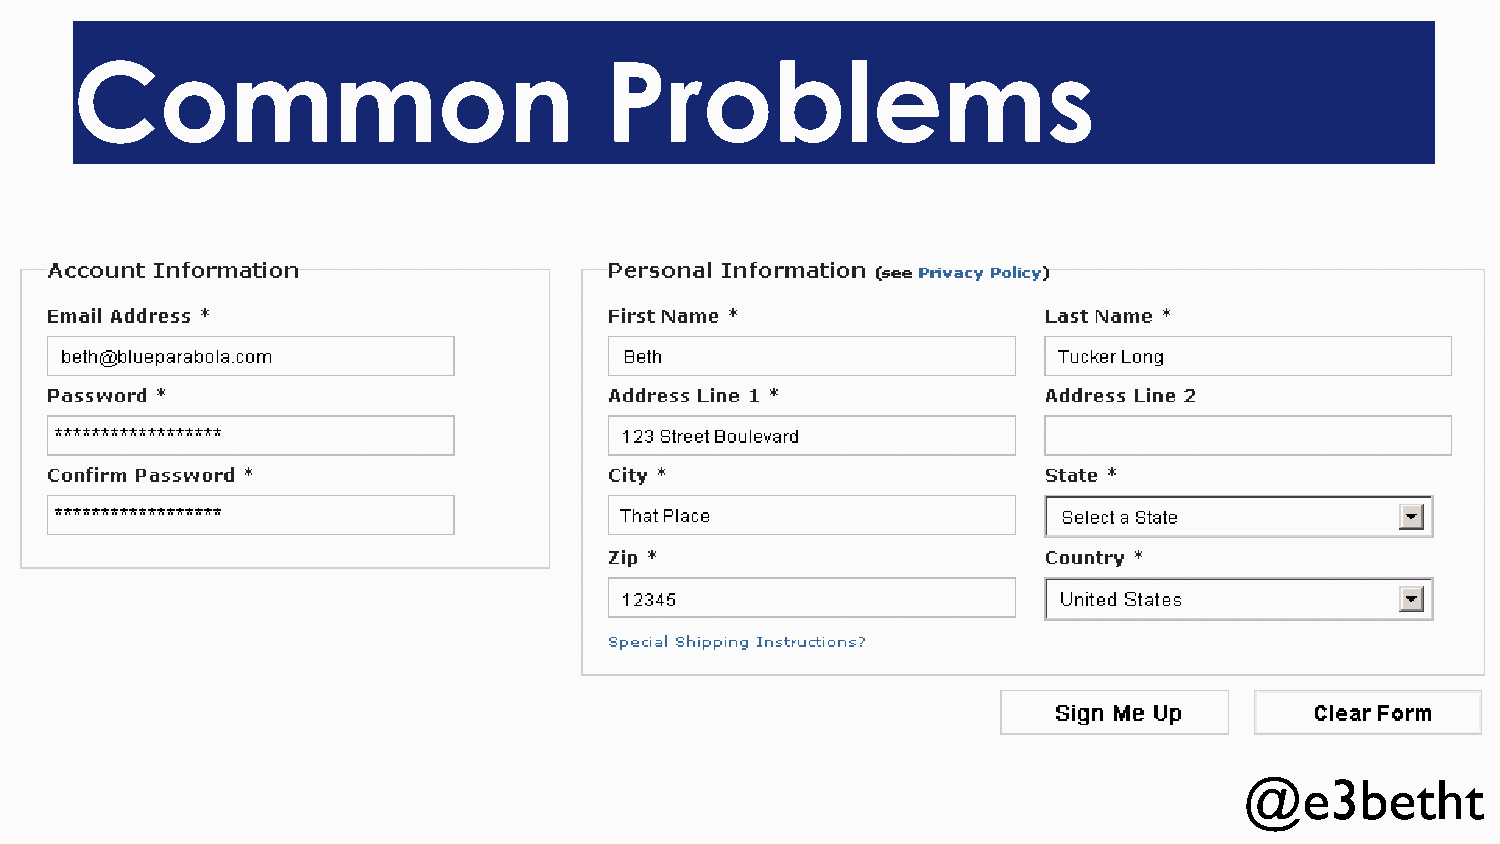
Common                             Problems
 @e3betht